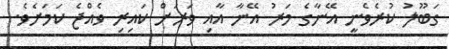
ގަބޫލު ކުރެވެނީ އޭނާގެ މަރު އޭނާ އާއި ވަރަށް ކައިރި ވެއްޖެ ކަމަށެވެ.